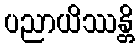
ပညာယိဿန္တိ